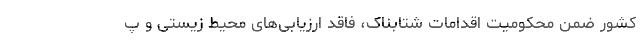
کشور ضمن محکومیت اقدامات شتابناک، فاقد ارزیابی‌های محیط زیستی و پ